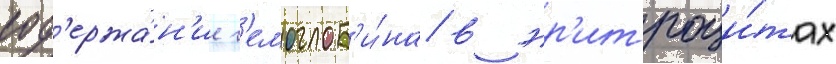
сод'ержа́н'ие г'емоглоб'и́на в эр'итроци́тах